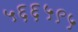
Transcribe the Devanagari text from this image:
५६६५९५